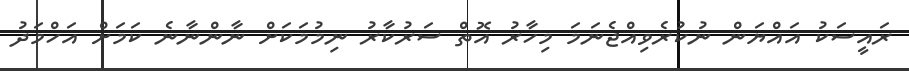
ރައީސަކު އައްޔަން ނުކުރެވިއްޖެނަމަ މިހާރު އޮތް ސަރުކާރު ނިމުމަކަށް ނާންނާނެ ކަމަށް އަހްމަދު